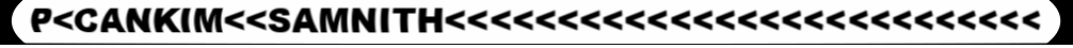
P<CANKIM<<SAMNITH<<<<<<<<<<<<<<<<<<<<<<<<<<<